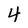
Character: 4